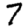
Digit: 7